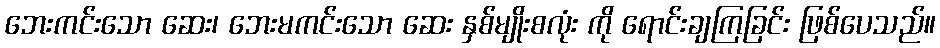
ဘေးကင်းသော ဆေး၊ ဘေးမကင်းသော ဆေး နှစ်မျိုးစလုံး ကို ရောင်းချကြခြင်း ဖြစ်ပေသည်။